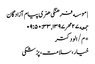
| موسسه فرهنگی هنری پیام آزادگان
جمعه ۲۷ مهر ۱۳۹۷ , ۰۹:۵۰:۳۳
*م/الودکتر
خیار،سلامت،پزشکی